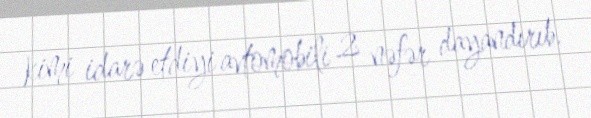
kimi idarə etdiyi avtomobili 2 nəfər dayandırıb.